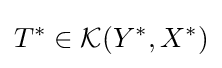
T^{*}\in {\mathcal {K}}(Y^{*},X^{*})